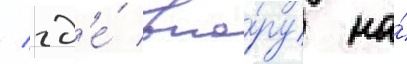
/ гд'е́ впо́ру на́